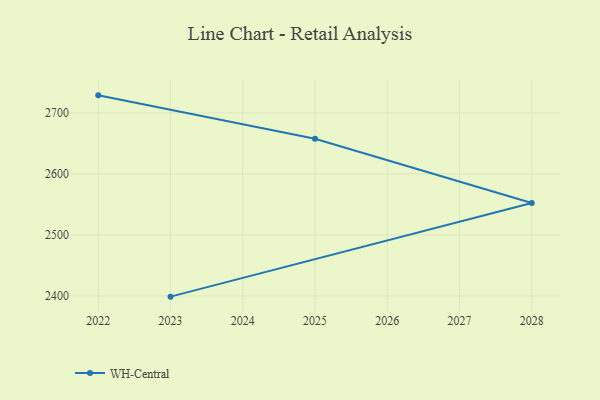
{"axis": {"x": "Year", "y": "Inventory Turnover"}, "legend": ["WH-Central"], "data": [{"x": "2023", "y": 2398.9, "type": "WH-Central"}, {"x": "2028", "y": 2552.2, "type": "WH-Central"}, {"x": "2025", "y": 2657.5, "type": "WH-Central"}, {"x": "2022", "y": 2728.7, "type": "WH-Central"}]}